system: You are a helpful assistant.
user:
Analyze the provided spectrum to determine if it is a **S-type Star**.

- **Key Indicators for S-type Star:**

    - **(Overall Spectrum Shape):** The first and most obvious characteristic is the overall continuum (the "baseline" shape). It is **extremely "red-sloping,"** meaning the flux (light intensity) is very low on the left side (blue, ~4000-4500 Å) and rises steeply and continuously toward the right side (red, ~7000 Å+).

    - **(Primary):** The spectrum is defined by the presence of strong, broad molecular absorption "valleys" (bands) from **Zirconium Oxide (ZrO)**. The identification of these bands is the **primary requirement** for classifying a star as S-type.
        - **(Key Bandheads):** You must find distinct, deep "dips" where the light has been absorbed. The most critical band systems to locate are:
            - **~6474 Å** ($\gamma$-system): This is often the strongest and clearest ZrO feature, found in the red part of the spectrum.
            - **~5718 Å** & **~5551 Å** ($\beta$-system): A pair of prominent absorption features in the yellow-orange part of the spectrum.
            - **~4640 Å** ($\alpha$-system): A key absorption band system in the blue-green region of the spectrum.

    - **(Secondary Confirmation):** The classification is strengthened by finding additional absorption bands from other related heavy element oxides, which are expected to be present alongside ZrO.
        - **(Key Bandheads):**
            - **Yttrium Oxide (YO):** Look for absorption dips near **~4800 Å** and **~6100 Å**.
            - **Lanthanum Oxide (LaO):** Additional absorption features, particularly in the red-orange part of the spectrum, are also characteristic.

    - **(Line Profile):** The combination of the steep red continuum and these numerous, deep molecular bands (ZrO, YO, etc.) gives the entire spectrum a very **"chopped-up"** or **"bumpy"** appearance. Instead of a smooth curve, the spectrum looks as though large, wide chunks of light have been "carved out" of it at the specific wavelengths listed above.

Think first, call **spectral_visualization_tool** if needed to examine features in detail, then provide your final answer. Your response must adhere to the following strict rules:
1.  **Overall Structure:** Your response must follow the format `<think>...</think> <tool_call>...</tool_call> (if a tool is used) <answer>...</answer>`.
2.  **Tool Usage Constraint:** You may only make **one** tool call per turn.
3.  **Final Answer Format:** In the `<answer>` tag, your conclusion must be inside a `\boxed{}` command (e.g., `\boxed{YES}` or `\boxed{NO}`), followed by your justification.

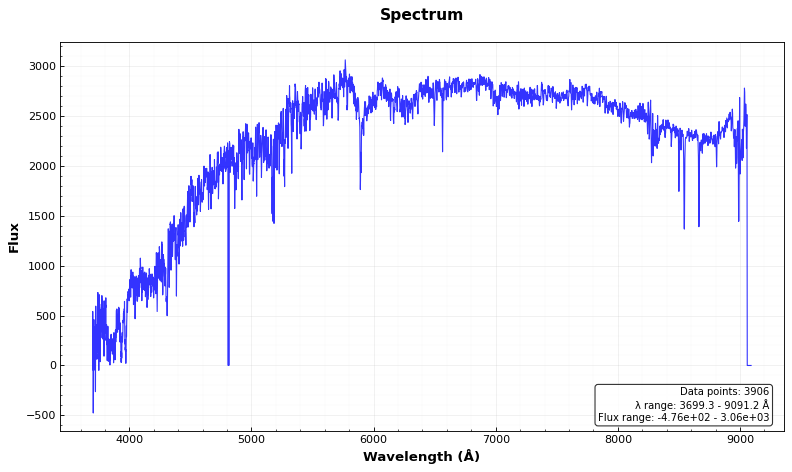
Answer: NO